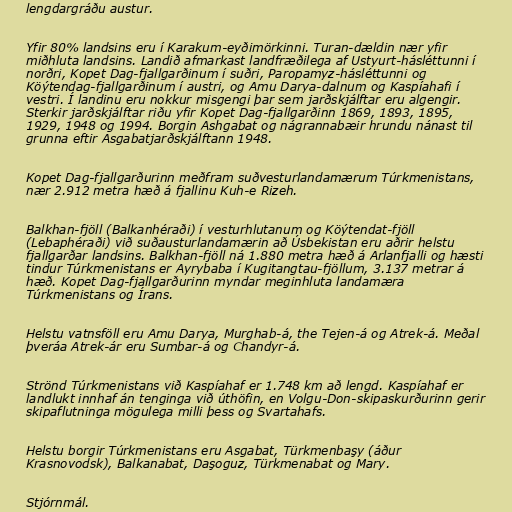
lengdargráðu austur.

Yfir 80% landsins eru í Karakum-eyðimörkinni. Turan-dældin nær yfir
miðhluta landsins. Landið afmarkast landfræðilega af Ustyurt-hásléttunni í
norðri, Kopet Dag-fjallgarðinum í suðri, Paropamyz-hásléttunni og
Köýtendag-fjallgarðinum í austri, og Amu Darya-dalnum og Kaspíahafi í
vestri. Í landinu eru nokkur misgengi þar sem jarðskjálftar eru algengir.
Sterkir jarðskjálftar riðu yfir Kopet Dag-fjallgarðinn 1869, 1893, 1895,
1929, 1948 og 1994. Borgin Ashgabat og nágrannabæir hrundu nánast til
grunna eftir Asgabatjarðskjálftann 1948.

Kopet Dag-fjallgarðurinn meðfram suðvesturlandamærum Túrkmenistans,
nær 2.912 metra hæð á fjallinu Kuh-e Rizeh.

Balkhan-fjöll (Balkanhéraði) í vesturhlutanum og Köýtendat-fjöll
(Lebaphéraði) við suðausturlandamærin að Úsbekistan eru aðrir helstu
fjallgarðar landsins. Balkhan-fjöll ná 1.880 metra hæð á Arlanfjalli og hæsti
tindur Túrkmenistans er Ayrybaba í Kugitangtau-fjöllum, 3.137 metrar á
hæð. Kopet Dag-fjallgarðurinn myndar meginhluta landamæra
Túrkmenistans og Írans.

Helstu vatnsföll eru Amu Darya, Murghab-á, the Tejen-á og Atrek-á. Meðal
þveráa Atrek-ár eru Sumbar-á og Chandyr-á.

Strönd Túrkmenistans við Kaspíahaf er 1.748 km að lengd. Kaspíahaf er
landlukt innhaf án tenginga við úthöfin, en Volgu-Don-skipaskurðurinn gerir
skipaflutninga mögulega milli þess og Svartahafs.

Helstu borgir Túrkmenistans eru Asgabat, Türkmenbaşy (áður
Krasnovodsk), Balkanabat, Daşoguz, Türkmenabat og Mary.

Stjórnmál.